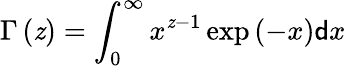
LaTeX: \Gamma\left(\mathit{z}\right)=\int_{0}^{\infty}x^{\mathit{z}-1}\exp\left(-x\right)\mathsf{{d}}x